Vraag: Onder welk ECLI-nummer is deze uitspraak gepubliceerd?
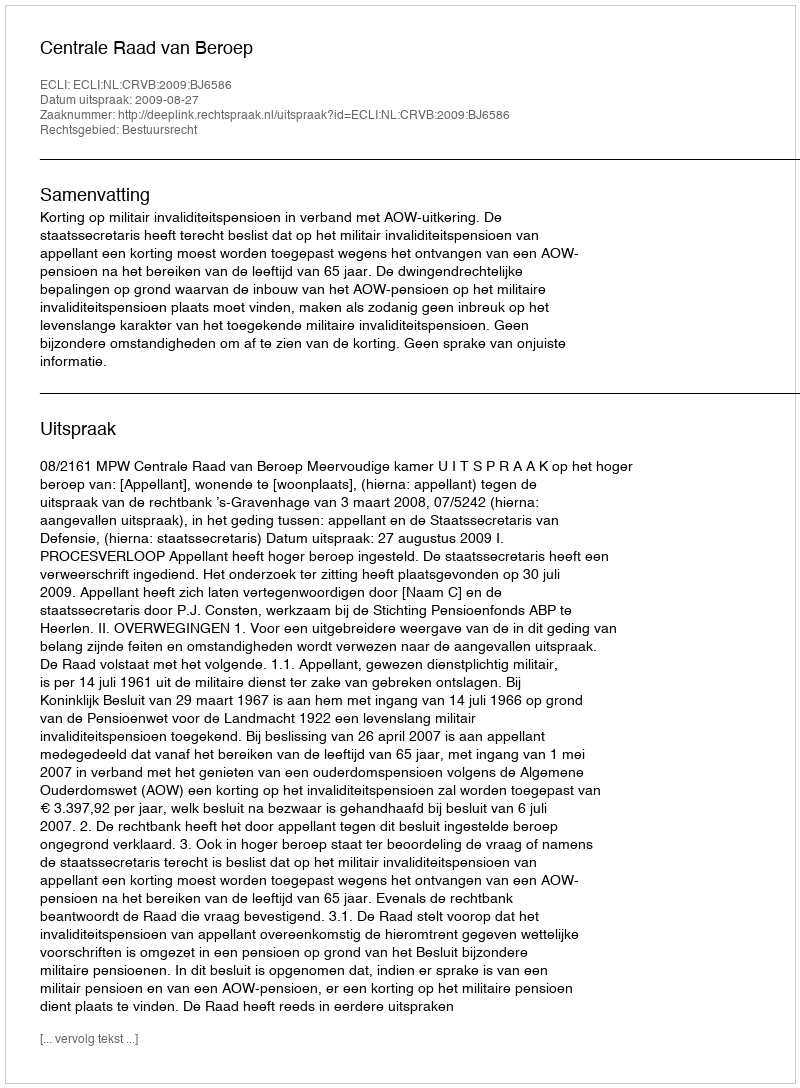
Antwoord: ECLI:NL:CRVB:2009:BJ6586